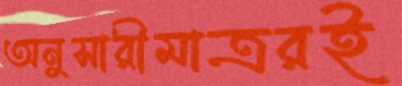
অনুসারীমাত্ররই